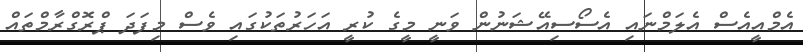
އެމްއީއެސް އެލަމްނައި އެސޯސިއޭޝަނުން ވަނީ މީގެ ކުރީ އަހަރުތަކުގައި ވެސް މިފަދަ ޕްރޮގްރާމްތައް